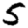
Digit: 5